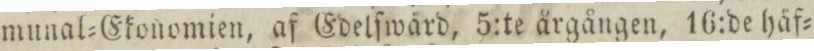
munal=Ekonomien, af Edelſwärd, 5:te årgången, 16:de häf=